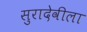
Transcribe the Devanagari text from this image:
सुरादेवीला